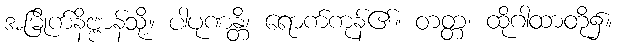
အမြိုက်နိဗ္ဗာန်သို့။ ပါပုဏန္တိ၊ ရောက်ကုန်၏။ တတ္တ၊ ထိုဂါထာတို့၌။